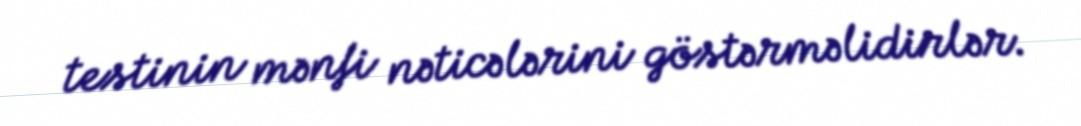
testinin mənfi nəticələrini göstərməlidirlər.